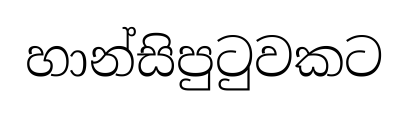
හාන්සිපුටුවකට